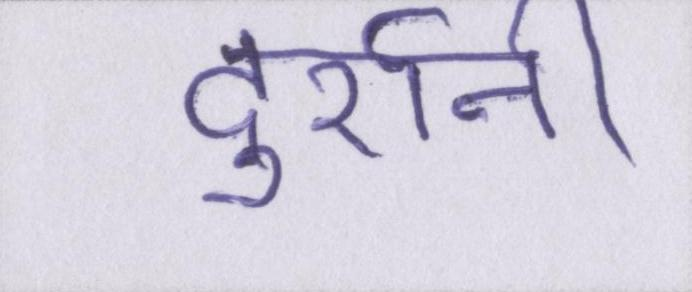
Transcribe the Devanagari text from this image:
दुर्रानी